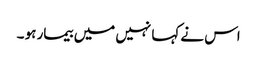
اس نے کہا نہیں میں بیمار ہو ۔